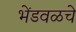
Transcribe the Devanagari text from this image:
भेंडवळचे